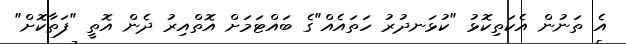
އެ ތަނުން އެކަތިކޮޅު "ކުޅަނދުރު ހަތައެއް"ގެ ބައްޓަމަށް އޮތްއިރު ދެން އޮތީ "ފަތާކޮށް"